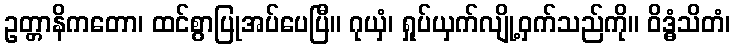
ဥတ္တာနိကတော၊ ထင်စွာပြုအပ်ပေပြီ။ ဂုယှံ၊ ရှုပ်ယှက်လျို့ဝှက်သည်ကို။ ဝိဒ္ဓံသိတံ၊